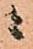
ニ